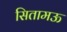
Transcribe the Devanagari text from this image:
सितामऊ